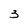
Character: 3